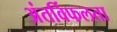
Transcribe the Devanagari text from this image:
अंतर्विफलता